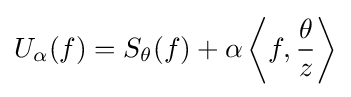
U_{\alpha }(f)=S_{\theta }(f)+\alpha \left\langle f,{\frac {\theta }{z}}\right\rangle